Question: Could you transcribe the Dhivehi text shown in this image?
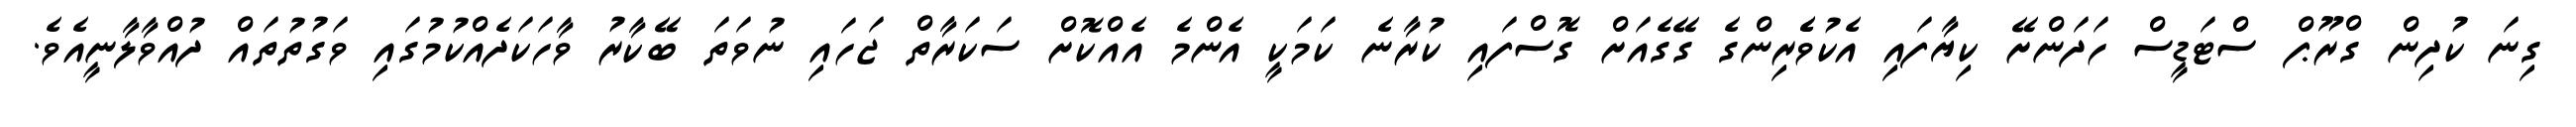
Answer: ގިނަ ކުދިން ގްރޫޕް ސްޓަޑީސް ހަދަންށޭ ކިޔާފައި އެކުވެެރިންގެ ގޭގެއަށް ގޮސްފައި ކުރާނެ ކަމަކީ އެންމެ އެއްކޮށް ސަކަރާތް ޖަހައި ނުވަތަ ބޭކާރު ވާހަކަދެއްކުމުގައި ވަގުތުތައް ދުއްވާލާނީއެވެ.